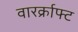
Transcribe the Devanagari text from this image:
वारर्क्राफ्ट